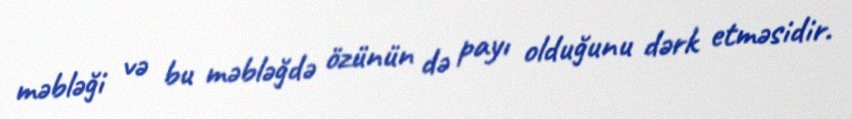
məbləği və bu məbləğdə özünün də payı olduğunu dərk etməsidir.